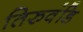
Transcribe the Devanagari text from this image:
तिरुवंडि